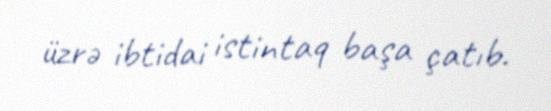
üzrə ibtidai istintaq başa çatıb.